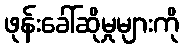
ဖုန်းခေါ်ဆိုမှုများကို